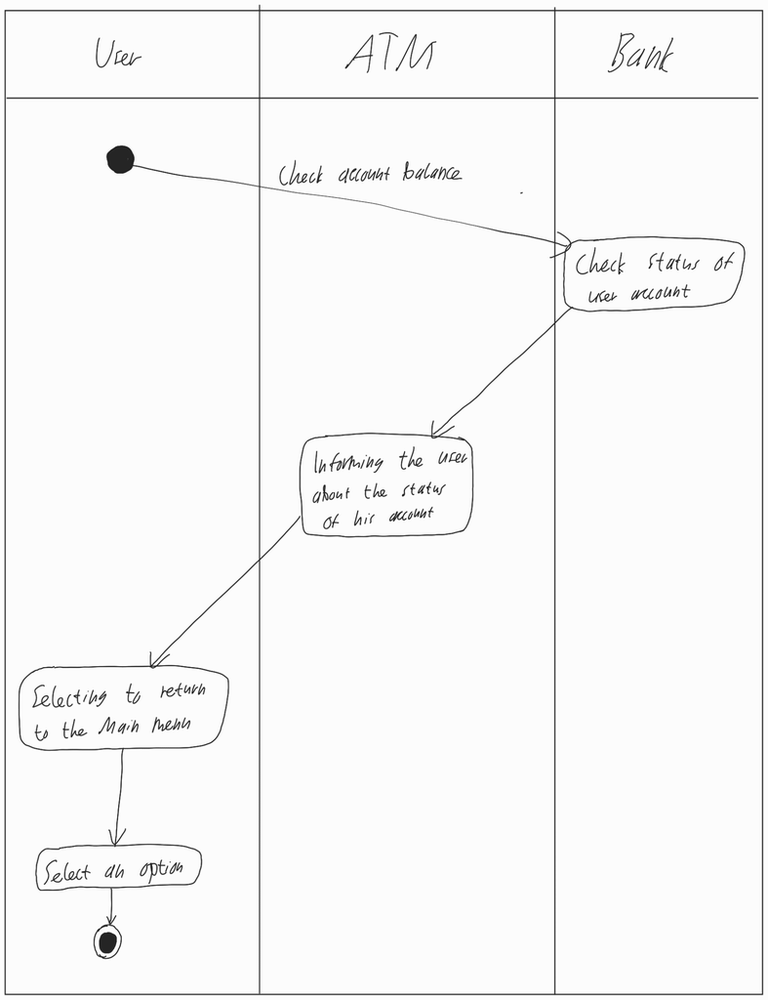
Diagram type: activity_diagram
```plantuml
@startuml

|User|

start

-> Check account balance;

|Bank|

:Check status of user account;

|ATM|

:Informing the user about the status of his account;

|User|

:Selecting to return to the Main menu;

:Select an option;

stop

@enduml
```